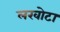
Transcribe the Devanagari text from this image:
लखोटा